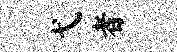
弋者